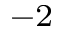
^ { - 2 }